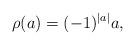
LaTeX: \begin{align*}\rho(a)=(-1)^{|a|}a,\end{align*}